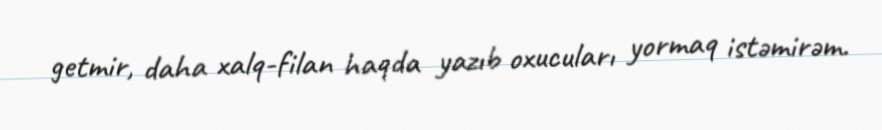
getmir, daha xalq-filan haqda yazıb oxucuları yormaq istəmirəm.